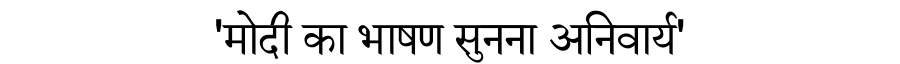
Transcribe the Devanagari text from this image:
'मोदी का भाषण सुनना अनिवार्य'